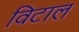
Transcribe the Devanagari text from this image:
विटाल